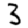
Digit: 3